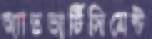
অ্যাডভার্টিসিমেন্ট